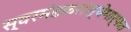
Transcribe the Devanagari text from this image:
स्वरमंडळसंस्थेमार्फत